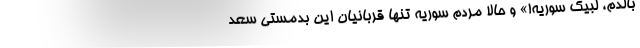
بالدّم، لبیک سوریه!» و حالا مردم سوریه تنها قربانیان این بدمستی سعد